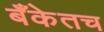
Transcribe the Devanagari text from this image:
बँकेतच